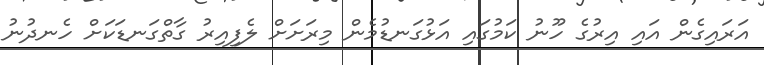
އަރައިގެން އައި އިރުގެ ހޫނު ކަމުގައި އަޅުގަނޑުމެން މިރަށަށް ލެފިއިރު ގާތްގަނޑަކަށް ހެނދުނު